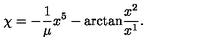
\chi = - \frac { 1 } { \mu } x ^ { 5 } - \mathrm { a r c t a n } \frac { x ^ { 2 } } { x ^ { 1 } } .